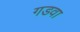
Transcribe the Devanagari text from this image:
गडवा